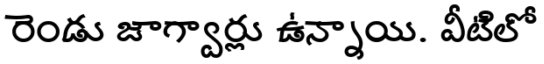
రెండు జాగ్వార్లు ఉన్నాయి. వీటిలో